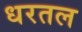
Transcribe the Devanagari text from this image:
धरतल